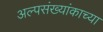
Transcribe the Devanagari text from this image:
अल्पसंख्यांकाच्या